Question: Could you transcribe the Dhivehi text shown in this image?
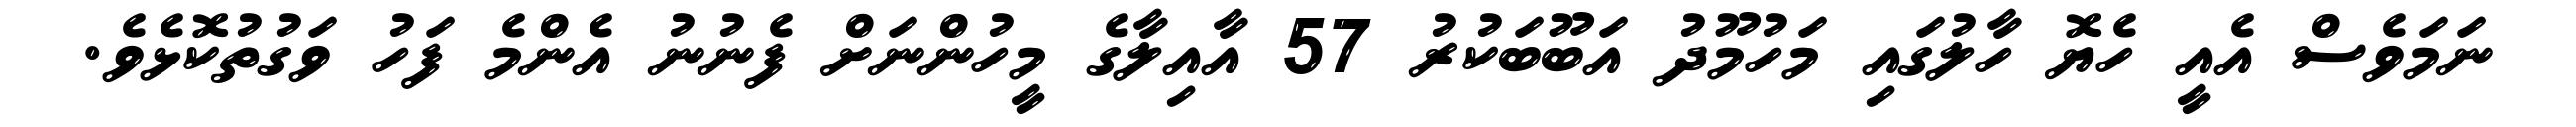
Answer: ނަމަވެސް އެއީ ހެޔޮ ހާލުގައި މަހުމޫދު އަބޫބަކުރު 57 އާއިލާގެ މީހުންނަށް ފެނުނު އެންމެ ފަހު ވަގުތުކޮޅެވެ.